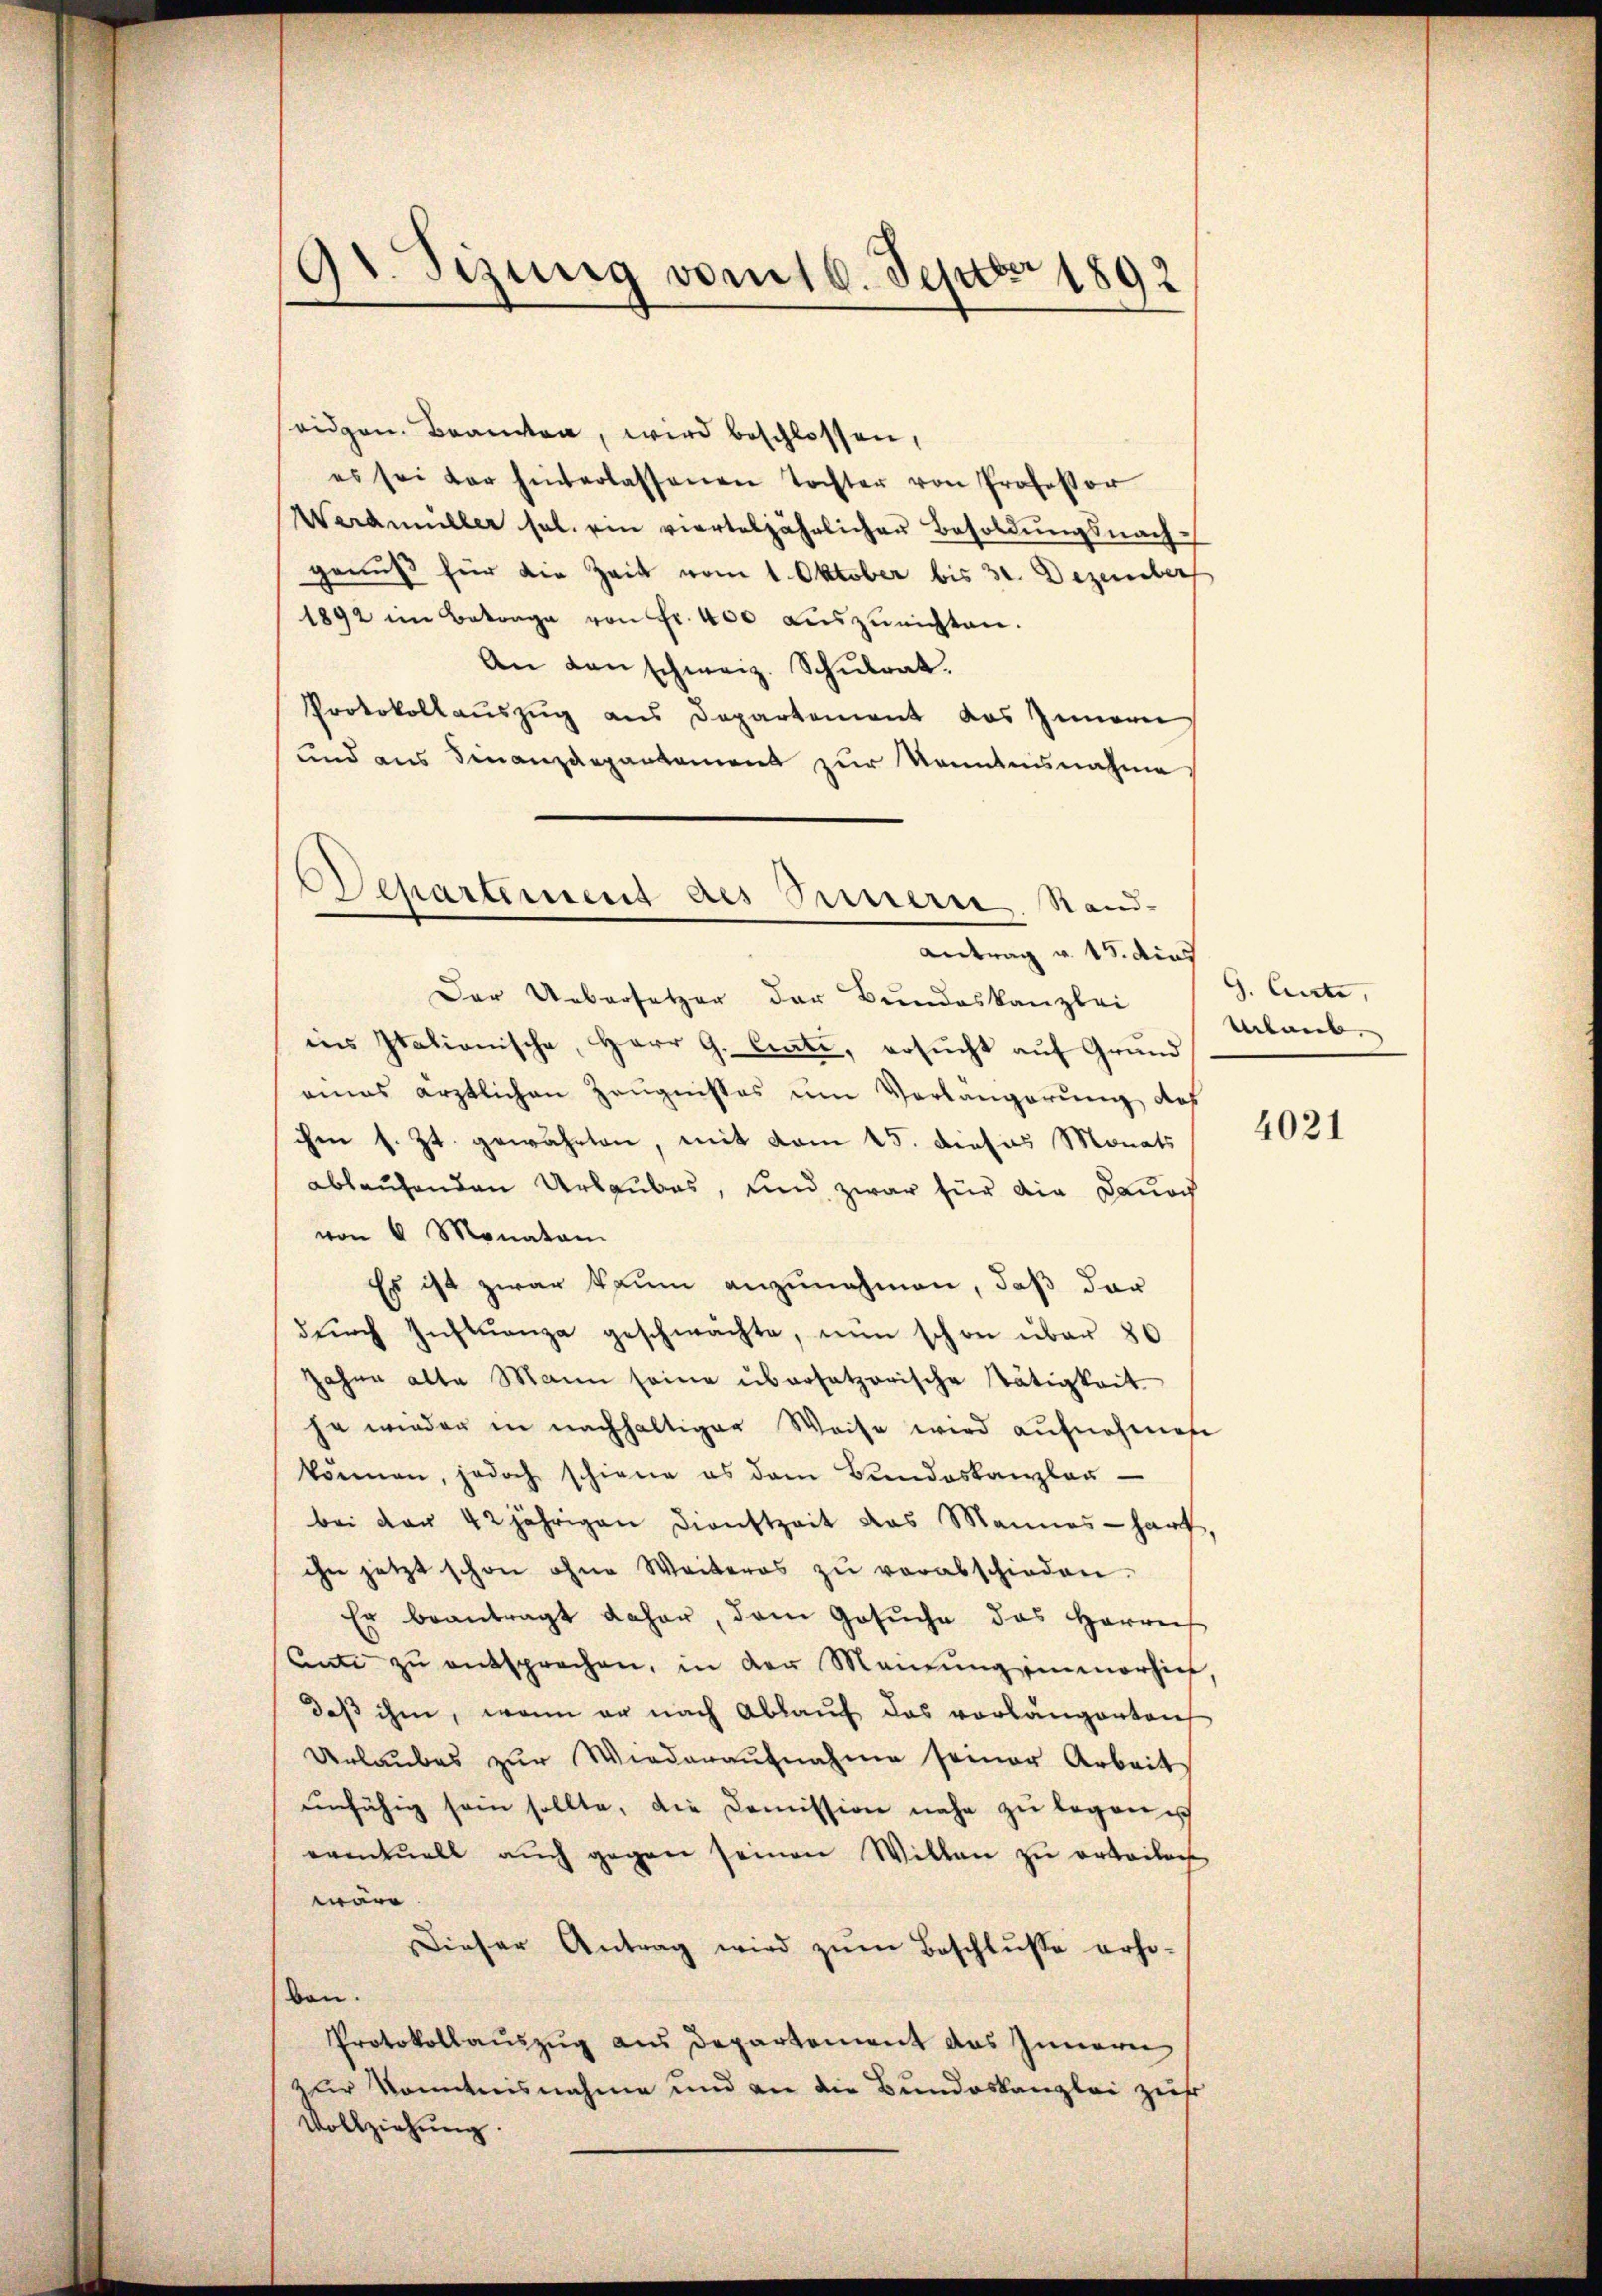
9t. Sizung vom 16. Septbr 1892

eidgen. Beamten, wird beschlossen,
es sei der hinterlassenen Tochter von Professor
Werdmüller sel. ein vierteljährlicher Besoldŭngsnach-
genuß für die Zeit vom 1. Oktober bis 30. Dezember
1892 im Betrage von Fr. 400 auszurichten.
An danschweiz. Schulrat.
Protokollauszug aus Departement das Innern
und aus Finanzdepartement zur Kenntnisnahme

Departement des Innern Stand-
Antrag v. 15. dies

Der Uebersetzer der Bundeskanzlei
ins Italionische, Herr G. Curti, ersŭcht aŭf Grund
eines ärztlichen Zeugnisses um Verlangerung des
ihen s. Zt. gewährten, mit vom 15. dieses Monats
ablaufenden Urlaubes, und zwar für die Danach
von 6 Monaten.
Es ist zwar kaum anzunehmen, daß dar
dŭrch Inftŭanza geschwächte, nun schon über 80
Jahre alte Mann seine übersatzerische Tätigkeit
he wieder in nachhaltiger Weise wird aŭfnahmen
können, jedoch schiene es dem Bŭndeskanzlaŭ-
bei der 42 jährigen Dienstzeit das Mannes-harf,
ihn jetzt schon ohne Weiteres zŭ verabschieden.
Er beantragt daher, dem Gesŭche das Herrn
Anti zŭ entsprechen, in der Meinŭng immerhin,
daß ihm, wenn er nach Ablauf das vorlängerten
Urlaubes zŭr Wiederaŭfnahme seiner Arbeit
unfähig sein sollte, die Comission nahe zu legen ich
eventuell auch gegen seinen Willen zu erbaitach
wäre.
Dieser Antrag wird zŭm Beschlusse erho-
ben.
Protokollaŭszŭg aus Departement das Innern
zur Kontnisnahme und an die Bundeskanzlei zieht
Vollziehung.

G. Curti,
Urlaub.

4021